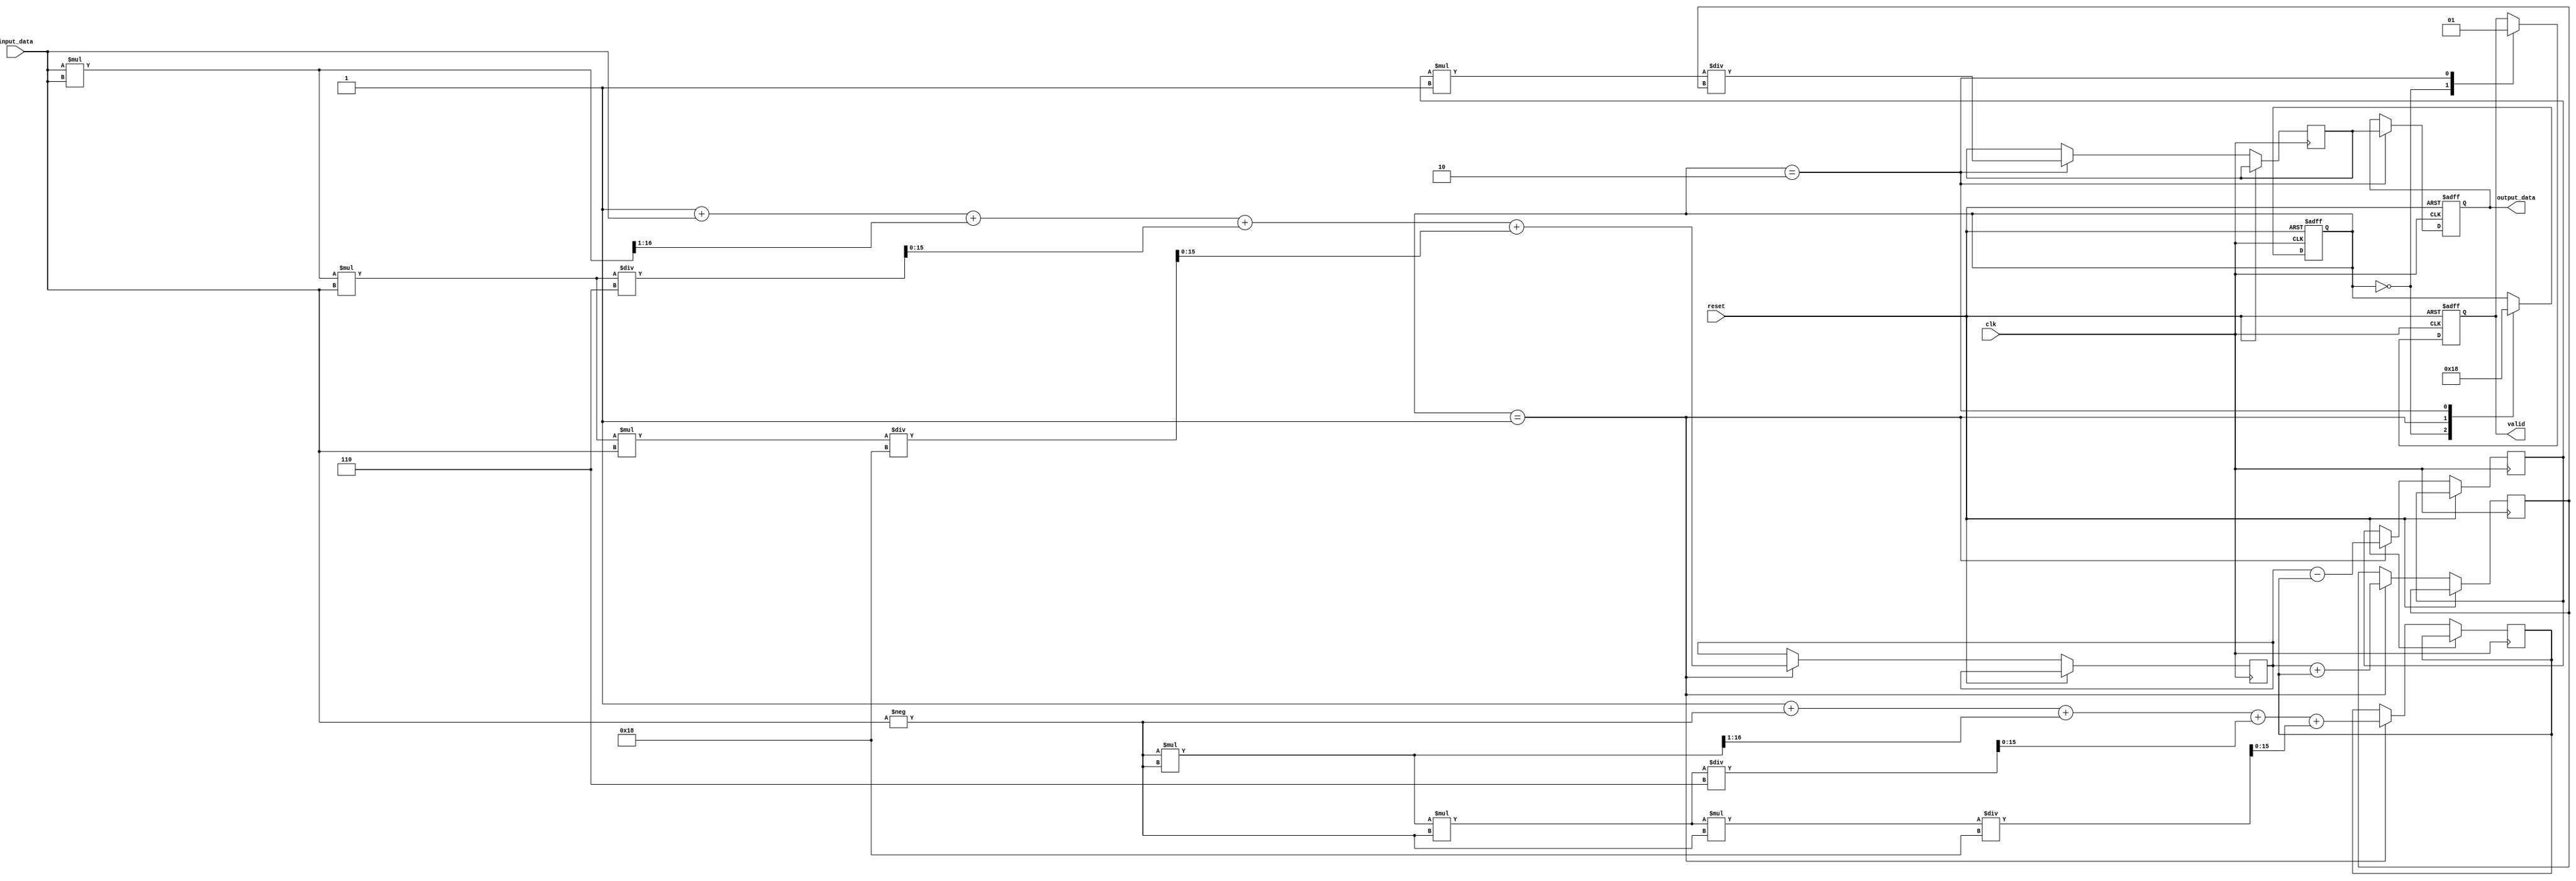
module tanh_block (
    input wire [15:0] input_data, // Fixed-point input (16 bits)
    input wire clk,
    input wire reset,
    output reg [15:0] output_data, // Fixed-point output (16 bits)
    output reg valid // Output valid signal
);

    // Internal signals
    reg [15:0] exp_x;
    reg [15:0] exp_neg_x;
    reg [15:0] numerator;
    reg [15:0] denominator;
    reg [1:0] state;
    reg [15:0] temp_output;

    // State encoding
    localparam IDLE = 2'b00;
    localparam COMPUTE = 2'b01;
    localparam OUTPUT = 2'b10;

    // Exponential approximation using Taylor series
    function [15:0] exp_approx(input [15:0] x);
        // Simple Taylor series approximation for e^x
        // e^x  1 + x + (x^2)/2! + (x^3)/3! + (x^4)/4!
        reg [31:0] x_squared;
        reg [31:0] x_cubed;
        reg [31:0] x_fourth;
        begin
            x_squared = x * x;
            x_cubed = x_squared * x;
            x_fourth = x_cubed * x;

            exp_approx = (16'h0001 + x + (x_squared >> 1) + (x_cubed / 6) + (x_fourth / 24)); // Approximation
        end
    endfunction

    // Main process
    always @(posedge clk or posedge reset) begin
        if (reset) begin
            output_data <= 16'h0000;
            valid <= 1'b0;
            state <= IDLE;
        end else begin
            case (state)
                IDLE: begin
                    valid <= 1'b0;
                    state <= COMPUTE;
                end

                COMPUTE: begin
                    // Compute e^x and e^(-x)
                    exp_x <= exp_approx(input_data);
                    exp_neg_x <= exp_approx(-input_data); // Negate input for e^(-x)

                    // Calculate numerator and denominator
                    numerator <= exp_x - exp_neg_x;
                    denominator <= exp_x + exp_neg_x;

                    // Move to OUTPUT state
                    state <= OUTPUT;
                end

                OUTPUT: begin
                    // Compute tanh(x) = (e^x - e^(-x)) / (e^x + e^(-x))
                    temp_output <= numerator * 16'h0001 / denominator; // Scale if needed
                    output_data <= temp_output;
                    valid <= 1'b1;

                    // Return to IDLE state
                    state <= IDLE;
                end
            endcase
        end
    end

endmodule